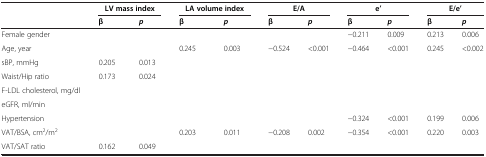
<table><thead><tr><td rowspan="2"><b> </b></td><td colspan="2"><b>LV mass index</b></td><td colspan="2"><b>LA volume index</b></td><td colspan="2"><b>E/A</b></td><td colspan="2"><b>e’</b></td><td colspan="2"><b>E/e’</b></td></tr><tr><td><b>β</b></td><td><b><i>p</i></b></td><td><b>β</b></td><td><b><i>p</i></b></td><td><b>β</b></td><td><b><i>p</i></b></td><td><b>β</b></td><td><b><i>p</i></b></td><td><b>β</b></td><td><b><i>p</i></b></td></tr></thead><tbody><tr><td>Female gender</td><td> </td><td> </td><td> </td><td> </td><td> </td><td> </td><td>−0.211</td><td>0.009</td><td>0.213</td><td>0.006</td></tr><tr><td>Age, year</td><td> </td><td> </td><td>0.245</td><td>0.003</td><td>−0.524</td><td>&lt;0.001</td><td>−0.464</td><td>&lt;0.001</td><td>0.245</td><td>&lt;0.002</td></tr><tr><td>sBP, mmHg</td><td>0.205</td><td>0.013</td><td> </td><td> </td><td> </td><td> </td><td> </td><td> </td><td> </td><td> </td></tr><tr><td>Waist/Hip ratio</td><td>0.173</td><td>0.024</td><td> </td><td> </td><td> </td><td> </td><td> </td><td> </td><td> </td><td> </td></tr><tr><td>F-LDL cholesterol, mg/dl</td><td> </td><td> </td><td> </td><td> </td><td> </td><td> </td><td> </td><td> </td><td> </td><td> </td></tr><tr><td>eGFR, ml/min</td><td> </td><td> </td><td> </td><td> </td><td> </td><td> </td><td> </td><td> </td><td> </td><td> </td></tr><tr><td>Hypertension</td><td> </td><td> </td><td> </td><td> </td><td> </td><td> </td><td>−0.324</td><td>&lt;0.001</td><td>0.199</td><td>0.006</td></tr><tr><td>VAT/BSA, cm<sup>2</sup>/m<sup>2</sup></td><td> </td><td> </td><td>0.203</td><td>0.011</td><td>−0.208</td><td>0.002</td><td>−0.354</td><td>&lt;0.001</td><td>0.220</td><td>0.003</td></tr><tr><td>VAT/SAT ratio</td><td>0.162</td><td>0.049</td><td> </td><td> </td><td> </td><td> </td><td> </td><td> </td><td> </td><td> </td></tr></tbody></table>